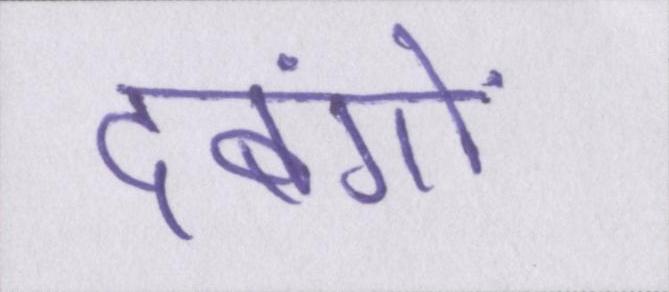
दबंगों